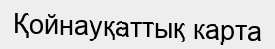
Қойнауқаттық карта